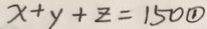
x + y + z = 1 5 0 \textcircled { 1 }